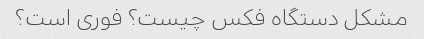
مشکل دستگاه فکس چیست؟ فوری است؟